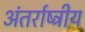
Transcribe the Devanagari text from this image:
अंतर्राष्ट्रीय